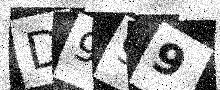
Text: D999